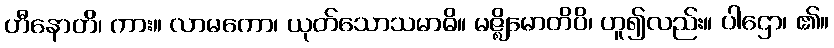
ဟီနောတိ၊ ကား။ လာမကော၊ ယုတ်သောသမာဓိ။ မဇ္ဈိမောတိပိ၊ ဟူ၍လည်း။ ပါဌော၊ ၏။